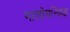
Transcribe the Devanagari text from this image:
माशोंगन्यिक